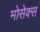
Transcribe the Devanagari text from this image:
मोसेक्स